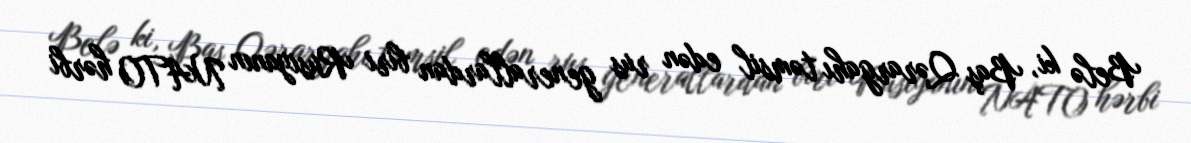
Belə ki, Baş Qərargahı təmsil edən rus generallardan biri Rusiyanın NATO hərbi